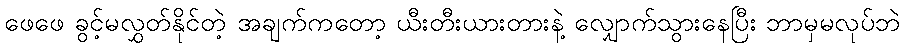
ဖေဖေ ခွင့်မလွှတ်နိုင်တဲ့ အချက်ကတော့ ယီးတီးယားတားနဲ့ လျှောက်သွားနေပြီး ဘာမှမလုပ်ဘဲ